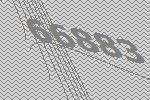
66883